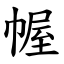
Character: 幄